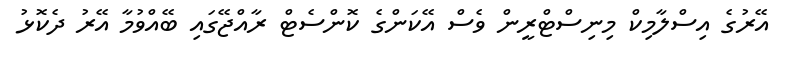
އޭރުގެ އިސްލާމިކް މިނިސްޓްރީން ވެސް އޭކަންގެ ކޮންސެޓް ރާއްޖޭގައި ބޭއްވުމާ އޭރު ދެކޮޅު